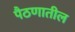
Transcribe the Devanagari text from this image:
पैठणातील